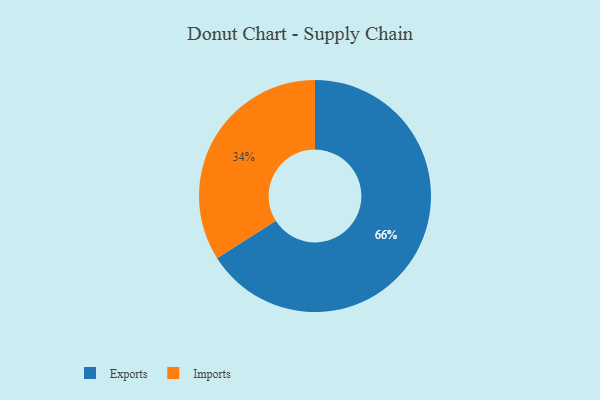
{"axis": {"x": "Category", "y": "Percentage"}, "legend": ["Exports", "Imports"], "data": [{"x": "Imports", "y": 34, "type": "Imports"}, {"x": "Exports", "y": 66, "type": "Exports"}]}